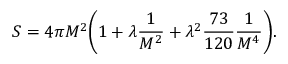
S = 4 \pi M ^ { 2 } \biggl ( 1 + \lambda \frac { 1 } { M ^ { 2 } } + \lambda ^ { 2 } \frac { 7 3 } { 1 2 0 } \frac { 1 } { M ^ { 4 } } \biggr ) .